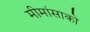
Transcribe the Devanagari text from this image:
मीमांसाकाे